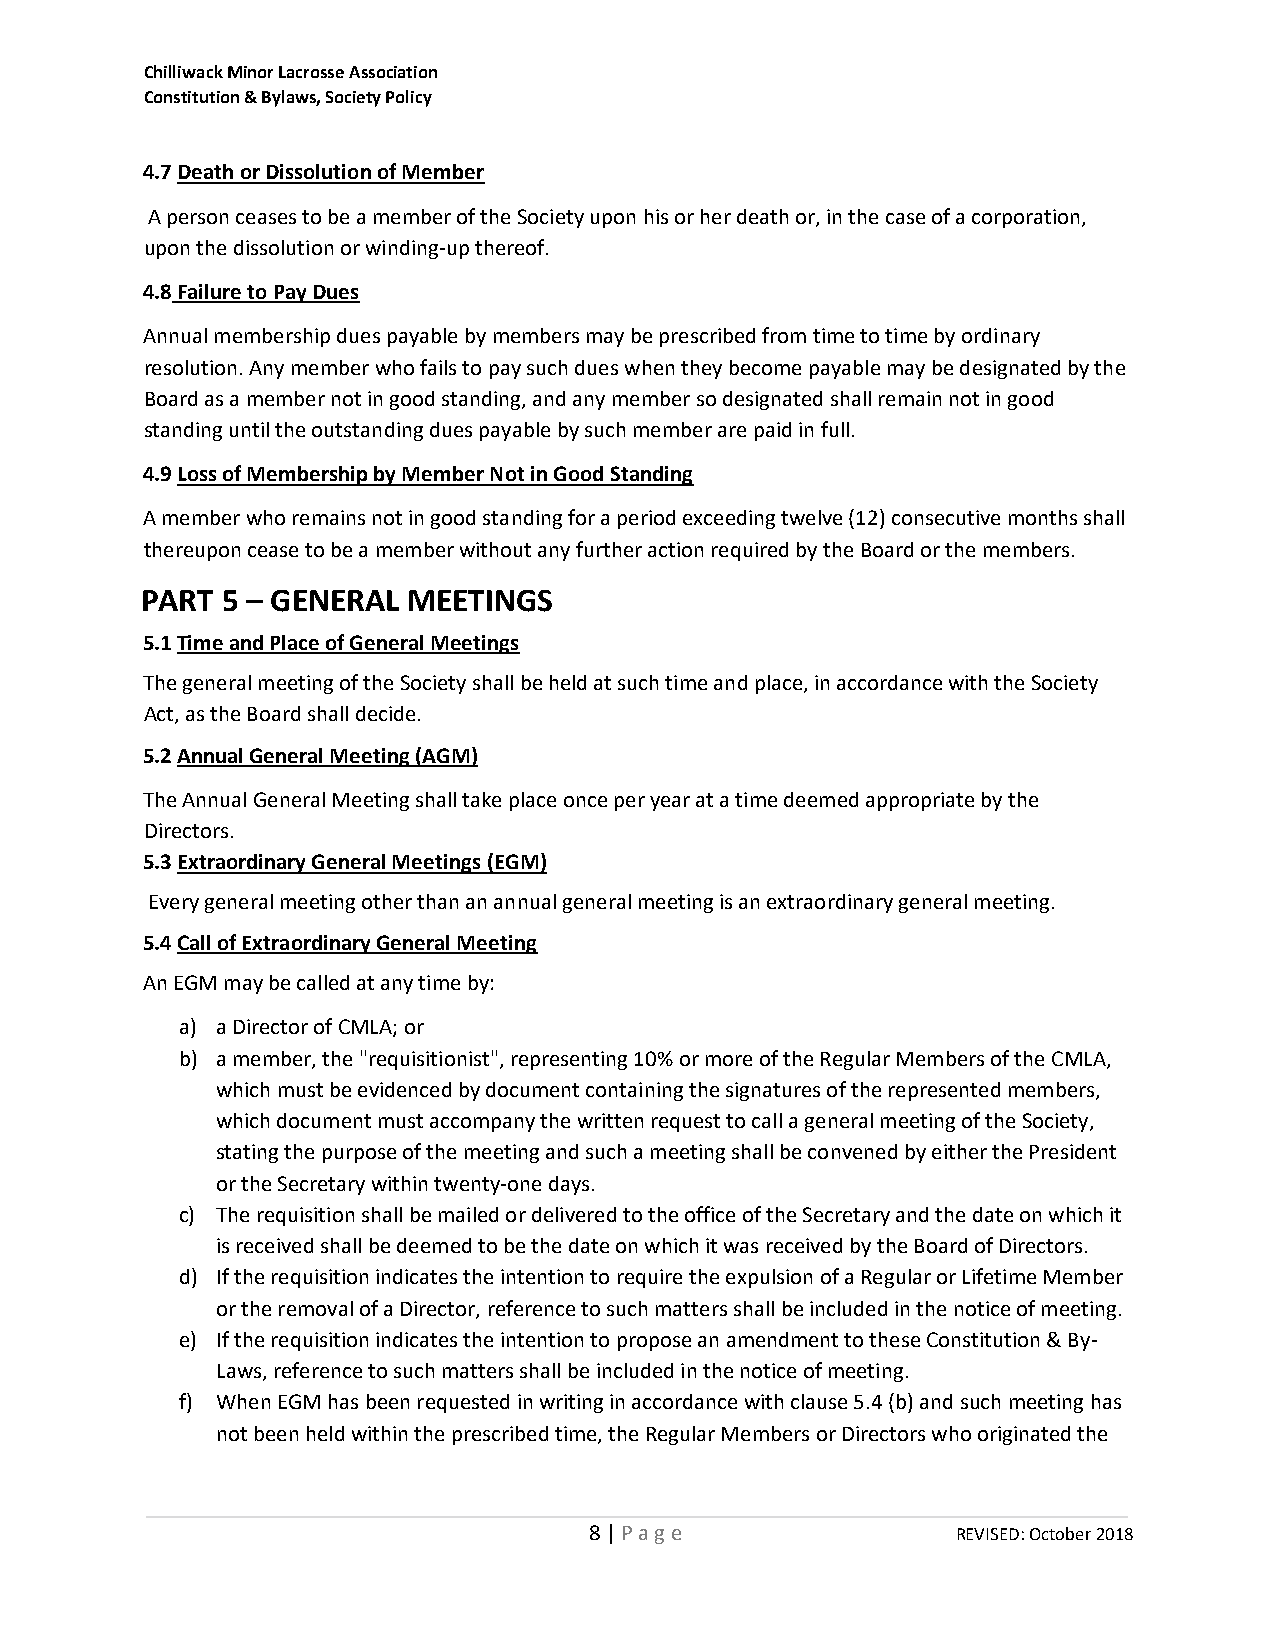
Chilliwack Minor Lacrosse Association
 Constitution & Bylaws, Society Policy
 4.7 Death or Dissolution of Member
 A person ceases to be a member of the Society upon his or her death or, in the case of a corporation,
 upon the dissolution or winding‐up thereof.
 4.8 Failure to Pay Dues
 Annual membership dues payable by members may be prescribed from time to time by ordinary
 resolution. Any member who fails to pay such dues when they become payable may be designated by the
 Board as a member not in good standing, and any member so designated shall remain not in good
 standing until the outstanding dues payable by such member are paid in full.
 4.9 Loss of Membership by Member Not in Good Standing
 A member who remains not in good standing for a period exceeding twelve (12) consecutive months shall
 thereupon cease to be a member without any further action required by the Board or the members.
 PART  5 – GENERAL MEETINGS
 5.1 Time and Place of General Meetings
 The general meeting of the Society shall be held at such time and place, in accordance with the Society
 Act, as the Board shall decide.
 5.2 Annual General Meeting (AGM)
 The Annual General Meeting shall take place once per year at a time deemed appropriate by the
 Directors.
 5.3 Extraordinary General Meetings (EGM)
 Every general meeting other than an annual general meeting is an extraordinary general meeting.
 5.4 Call of Extraordinary General Meeting
 An EGM may be called at any time by:
 a) a Director of CMLA; or
 b) a member, the "requisitionist", representing 10% or more of the Regular Members of the CMLA,
 which must be evidenced by document containing the signatures of the represented members,
 which document must accompany the written request to call a general meeting of the Society,
 stating the purpose of the meeting and such a meeting shall be convened by either the President
 or the Secretary within twenty-one days.
 c) The requisition shall be mailed or delivered to the office of the Secretary and the date on which it
 is received shall be deemed to be the date on which it was received by the Board of Directors.
 d) If the requisition indicates the intention to require the expulsion of a Regular or Lifetime Member
 or the removal of a Director, reference to such matters shall be included in the notice of meeting.
 e) If the requisition indicates the intention to propose an amendment to these Constitution & By-
 Laws, reference to such matters shall be included in the notice of meeting.
 f) When EGM has been requested in writing in accordance with clause 5.4 (b) and such meeting has
 not been held within the prescribed time, the Regular Members or Directors who originated the
 8 | P a g e             REVISED: October 2018